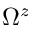
\Omega ^ { z }